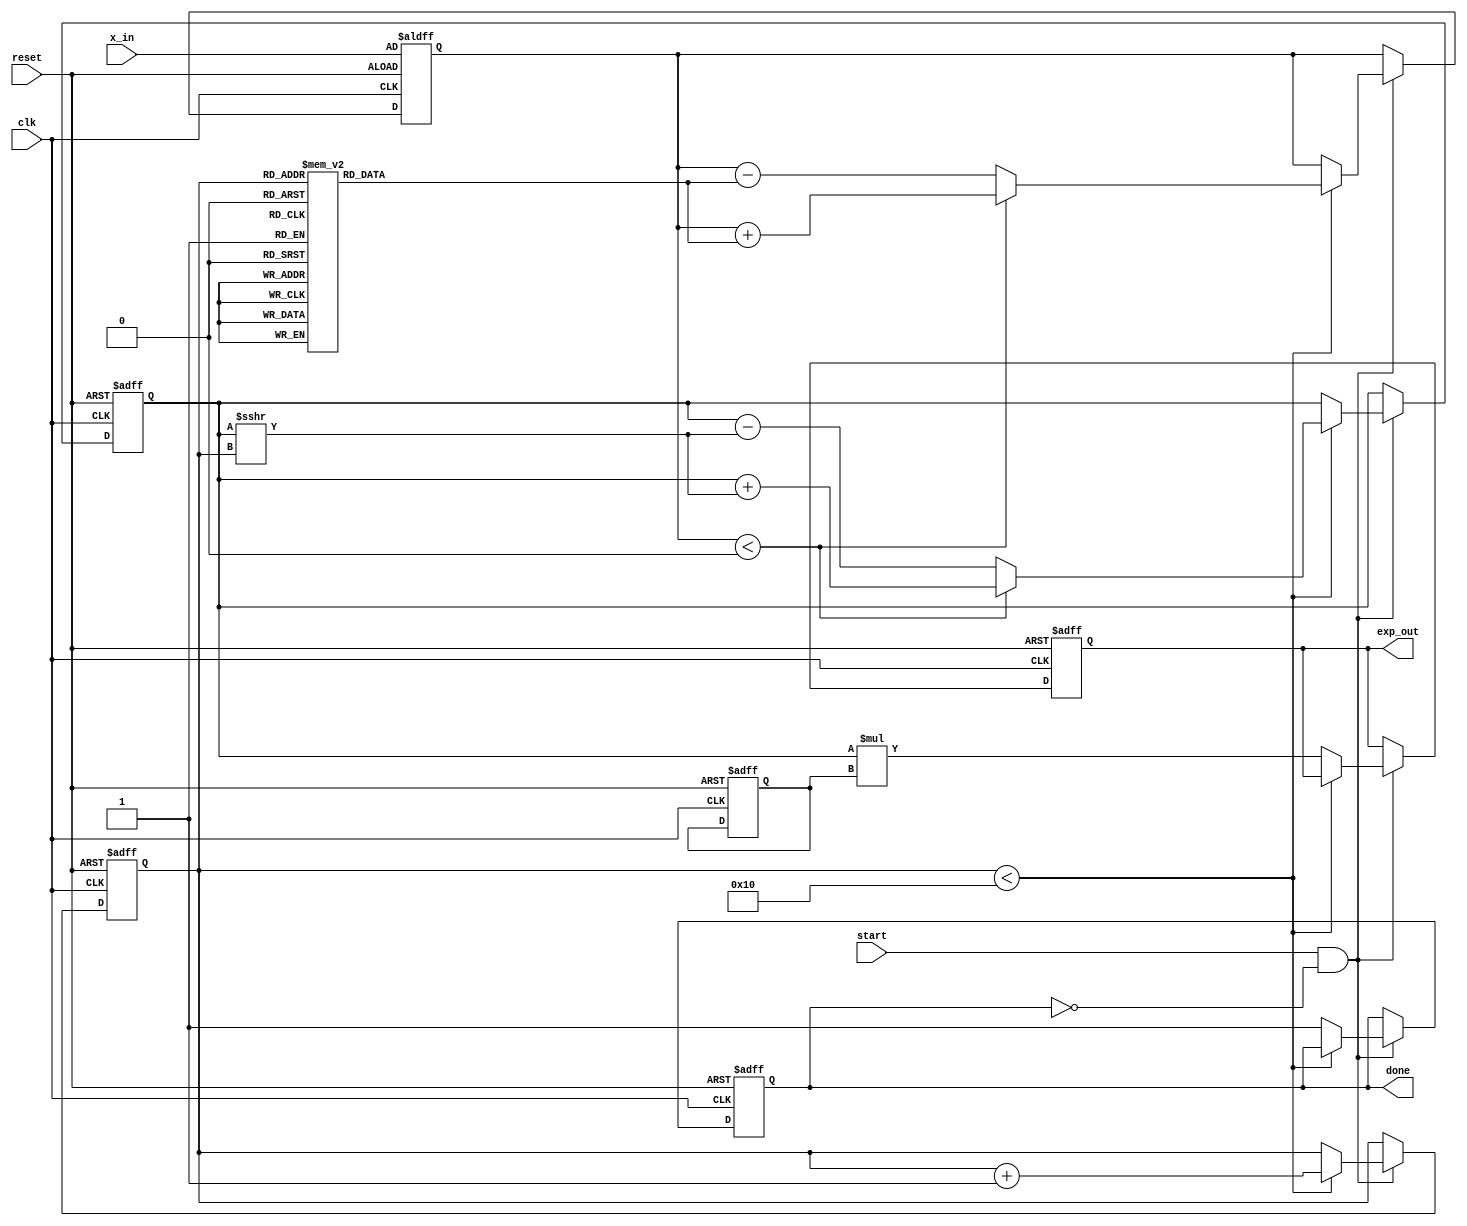
module cordic_exponential (
    input wire clk,
    input wire reset,
    input wire start,
    input wire [15:0] x_in, // Fixed-point input for exponent value
    output reg [31:0] exp_out, // Fixed-point output for exponential value
    output reg done
);

    // Parameters
    parameter NUM_ITERATIONS = 16; // Number of iterations for precision
    parameter FIXED_POINT_FRACTIONAL_BITS = 16; // Fractional bits for fixed-point representation
    parameter FIXED_POINT_SCALING_FACTOR = 16'hB8D8; // Precomputed scaling factor (approx. 1.64676)

    // Internal signals
    reg [15:0] x; // Current angle
    reg [31:0] z; // Current output value
    reg [3:0] iteration_count; // Iteration counter
    reg [15:0] atan_table [0:NUM_ITERATIONS-1]; // Lookup table for arctangent values
    reg [31:0] scaling_factor; // Scaling factor for output

    // Initialize arctangent values (in fixed-point format)
    initial begin
        atan_table[0] = 16'h2000; // atan(2^-0)
        atan_table[1] = 16'h1000; // atan(2^-1)
        atan_table[2] = 16'h0800; // atan(2^-2)
        atan_table[3] = 16'h0400; // atan(2^-3)
        atan_table[4] = 16'h0200; // atan(2^-4)
        atan_table[5] = 16'h0100; // atan(2^-5)
        atan_table[6] = 16'h0080; // atan(2^-6)
        atan_table[7] = 16'h0040; // atan(2^-7)
        atan_table[8] = 16'h0020; // atan(2^-8)
        atan_table[9] = 16'h0010; // atan(2^-9)
        atan_table[10] = 16'h0008; // atan(2^-10)
        atan_table[11] = 16'h0004; // atan(2^-11)
        atan_table[12] = 16'h0002; // atan(2^-12)
        atan_table[13] = 16'h0001; // atan(2^-13)
        atan_table[14] = 16'h0001; // atan(2^-14)
        atan_table[15] = 16'h0000; // atan(2^-15)
    end

    // State machine for CORDIC iterations
    always @(posedge clk or posedge reset) begin
        if (reset) begin
            exp_out <= 32'b0;
            done <= 1'b0;
            iteration_count <= 4'b0;
            z <= 32'h00000001; // Initial output value (1.0 in fixed-point)
            x <= x_in; // Load input value
            scaling_factor <= FIXED_POINT_SCALING_FACTOR; // Load scaling factor
        end else if (start && !done) begin
            if (iteration_count < NUM_ITERATIONS) begin
                // CORDIC iteration
                if (x < 0) begin
                    // Apply rotation
                    z <= z + (z >>> iteration_count); // z = z + z * 2^-iteration_count
                    x <= x + atan_table[iteration_count]; // Update angle
                end else begin
                    // Apply rotation
                    z <= z - (z >>> iteration_count); // z = z - z * 2^-iteration_count
                    x <= x - atan_table[iteration_count]; // Update angle
                end
                iteration_count <= iteration_count + 1;
            end else begin
                // Final output calculation
                exp_out <= z * scaling_factor; // Scale the output
                done <= 1'b1; // Indicate completion
            end
        end
    end

endmodule